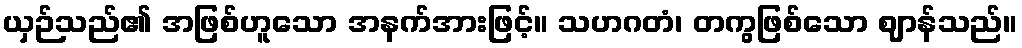
ယှဉ်သည်၏ အဖြစ်ဟူသော အနက်အားဖြင့်။ သဟဂတံ၊ တကွဖြစ်သော ဈာန်သည်။